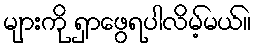
များကို ရှာဖွေရပါလိမ့်မယ်။